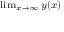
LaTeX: \scriptstyle \operatorname* { l i m } _ { x \to \infty } y ( x )